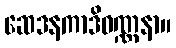
ဆေဒနကာဒိဝဏ္ဏနာ။